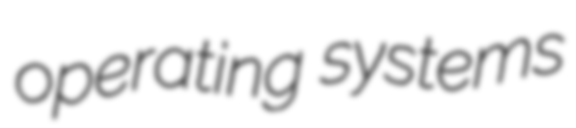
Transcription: operating systems